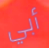
أبي